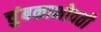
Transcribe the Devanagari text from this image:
चुंबकाभोवती